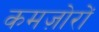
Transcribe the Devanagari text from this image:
कमज़ोरों